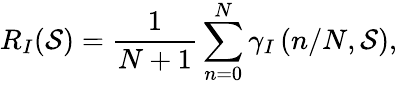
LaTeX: R_{I}({\mathcal{S}})=\frac{1}{N+1}\sum_{n=0}^{N}\gamma_{I}\left(n/N,{\mathcal{S}}\right),